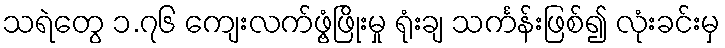
သရဲတွေ ၁.၇၆ ကျေးလက်ဖွံ့ဖြိုးမှု ရုံးချ သင်္ကန်းဖြစ်၍ လုံးခင်းမှ